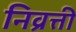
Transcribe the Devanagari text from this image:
निव्रत्ती